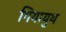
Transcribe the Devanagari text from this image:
गियायुथ